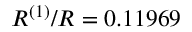
R ^ { ( 1 ) } / R = 0 . 1 1 9 6 9